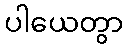
ပါယေတွာ